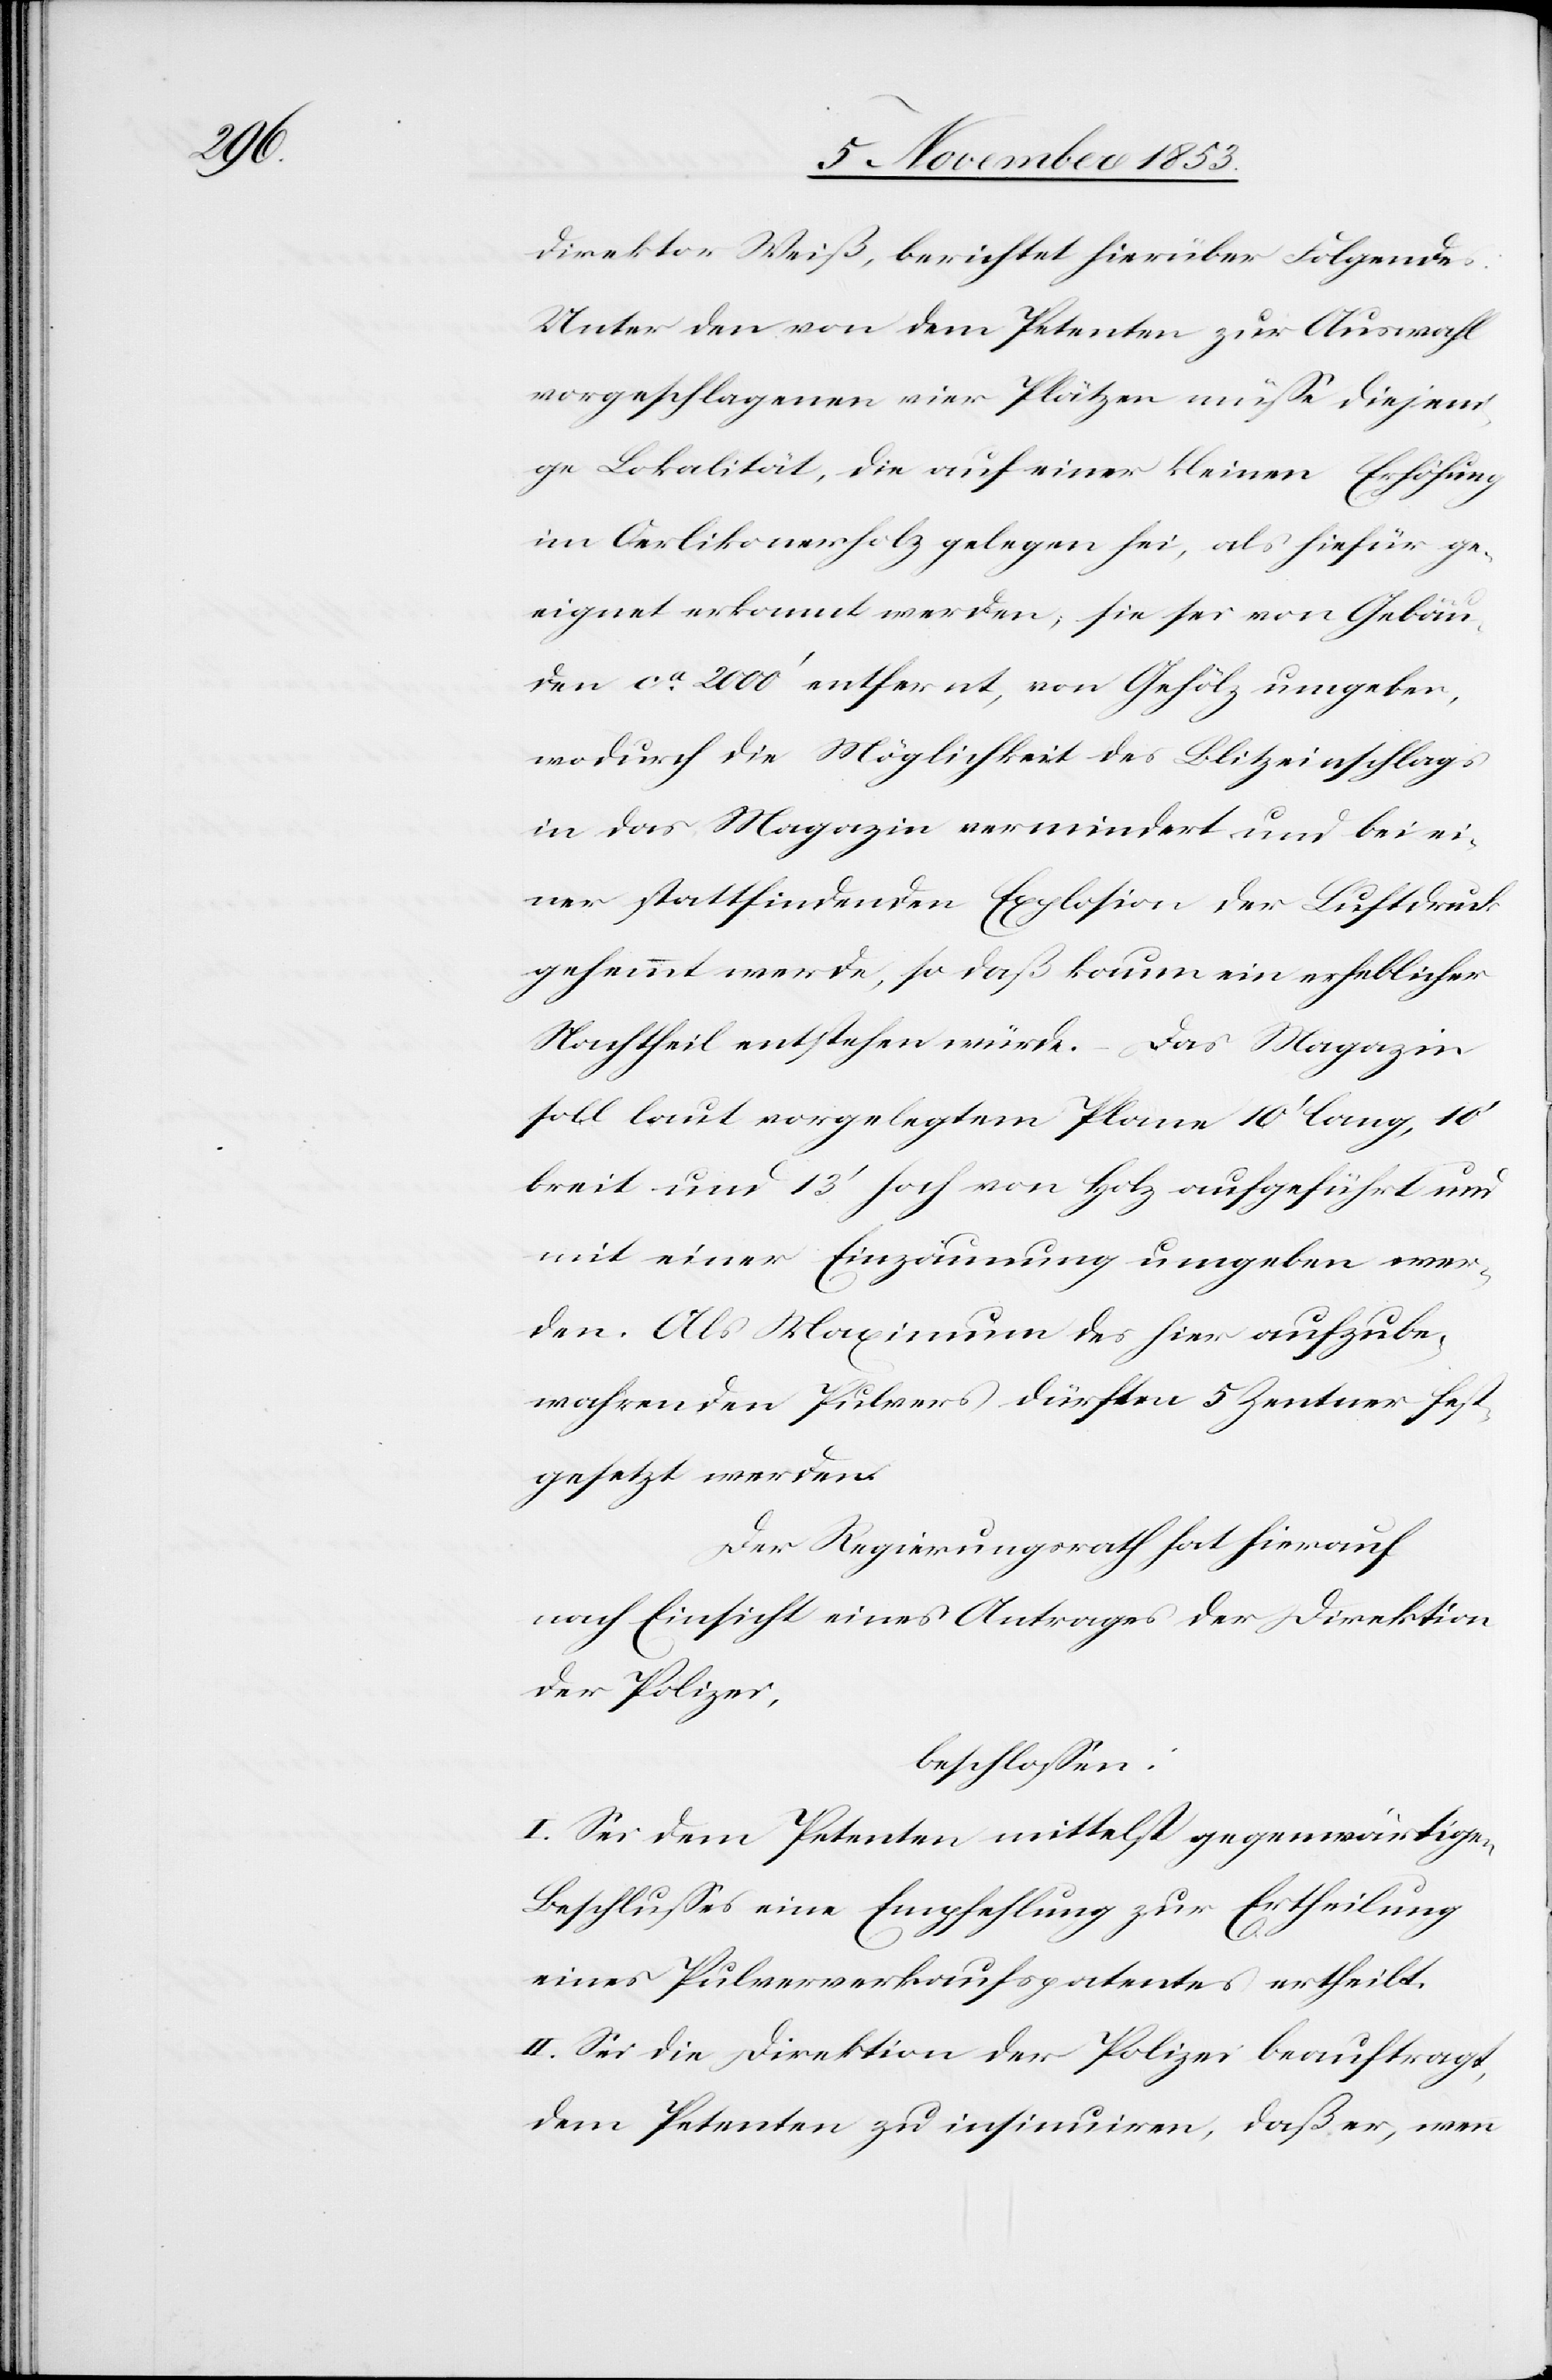
direktor Weiß, berichtet hierüber Folgendes:
Unter den von dem Petenten zur Auswahl
vorgeschlagenen vier Plätzen müße diejeni¬
ge Lokalität, die auf einer kleinen Erhöhung
im Oerlikonerholz gelegen sei, als hiefür ge¬
eignet erkannt werden, sie sei von Gebäu¬
den ca 2000’ entfernt, von Gehölz umgeben,
wodurch die Möglichkeit des Blitzeinschlages
in das Magazin vermindert und bei ei¬
ner stattfindenden Explosion der Luftdruck
gehemmt werde, so daß kaum ein erheblicher
Nachtheil entstehen würde. – Das Magazin
soll laut vorgelegtem Plane 10’ lang, 10’b¬
reit und 13’ hoch von Holz aufgeführt und
mit einer Einzäunung umgeben wer¬
den. Als Maximum des hier aufzube¬
wahrenden Pulvers dürften 5 Zentner fest¬
gesetzt werden.
Der Regierungsrath hat hierauf
nach Einsicht eines Antrages der Direktion
der Polizei,
beschloßen:
I. Sei dem Petenten mittelst gegenwärtigen
Beschlußes eine Empfehlung zur Ertheilung
eines Pulververkaufspatentes ertheilt.
II. Sei die Direktion der Polizei beauftragt,
dem Petenten zu insinuiren, daß er, wenn